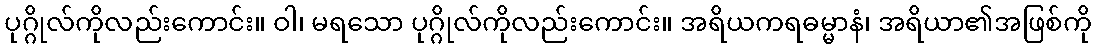
ပုဂ္ဂိုလ်ကိုလည်းကောင်း။ ဝါ၊ မရသော ပုဂ္ဂိုလ်ကိုလည်းကောင်း။ အရိယကရဓမ္မာနံ၊ အရိယာ၏အဖြစ်ကို